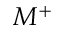
M ^ { + }